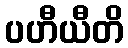
ပဟီယီတိ